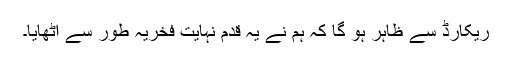
ریکارڈ سے ظاہر ہو گا کہ ہم نے یہ قدم نہایت فخریہ طور سے اٹھایا۔